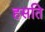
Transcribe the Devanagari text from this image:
हसति